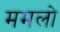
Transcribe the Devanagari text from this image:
ममलो